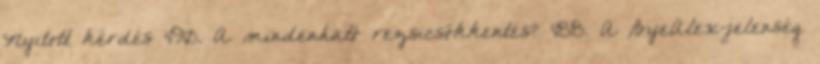
Nyitott kérdés 490. A mindenható rezsicsökkentés? 488. A ByeAlex-jelenség